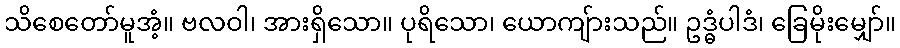
သိစေတော်မူအံ့။ ဗလဝါ၊ အားရှိသော။ ပုရိသော၊ ယောကျ်ားသည်။ ဥဒ္ဓံပါဒံ၊ ခြေမိုးမျှော်။